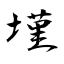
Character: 墐